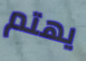
يهتم